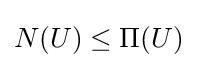
N(U)\leq \Pi (U)